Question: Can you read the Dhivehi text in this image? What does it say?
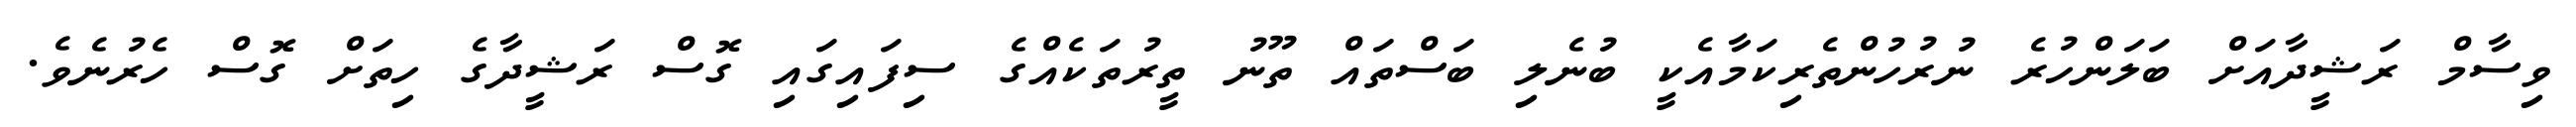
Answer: ވިސާމް ރަޝީދާއަށް ބަލަންހުރެ ނުރުހުންތެރިކަމާއެކީ ބުނެލި ބަސްތައް ތޫނު ތީރުތަކެއްގެ ސިފައިގައި ގޮސް ރަޝީދާގެ ހިތަށް ގޮސް ހެރުނެވެ.